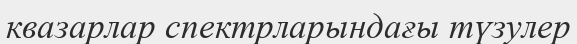
квазарлар спектрларындағы түзулер